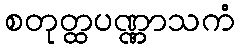
စတုတ္ထပဏ္ဏာသကံ